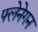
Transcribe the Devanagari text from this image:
फ्लेनेगन